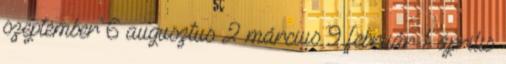
szeptember 6 augusztus 2 március 9 február 1 április